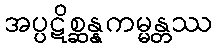
အပ္ပဋိစ္ဆန္နကမ္မန္တဿ